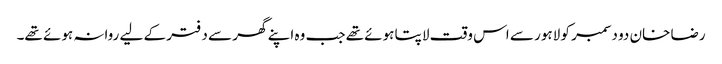
رضا خان دو دسمبر کو لاہور سے اس وقت لاپتا ہوئے تھے جب وہ اپنے گھر سے دفتر کے لیے روانہ ہوئے تھے۔